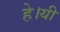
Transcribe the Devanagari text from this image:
हे।यी